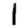
Digit: 1